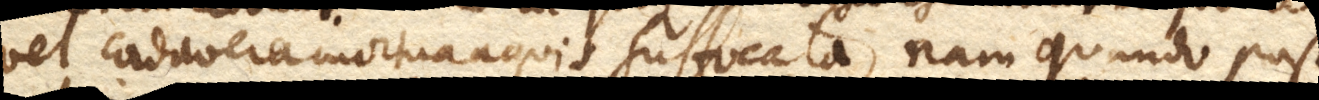
vel cadavera mortua aquis suffocata, nam quando post